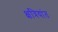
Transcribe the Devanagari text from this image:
क्षत्रियांत